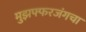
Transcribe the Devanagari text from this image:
मुझफ्फरजंगचा